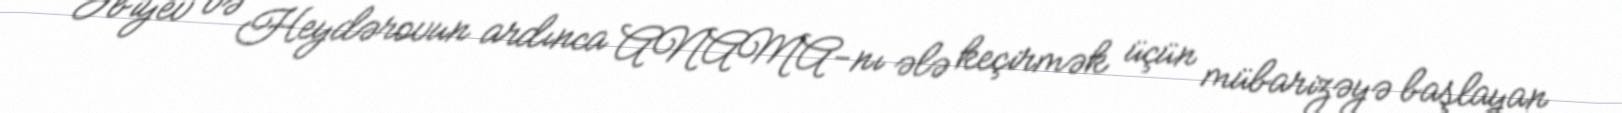
Əbiyev və Heydərovun ardınca ANAMA-nı ələ keçirmək üçün mübarizəyə başlayan